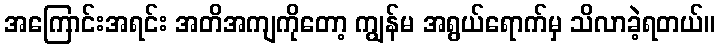
အကြောင်းအရင်း အတိအကျကိုတော့ ကျွန်မ အရွယ်ရောက်မှ သိလာခဲ့ရတယ်။